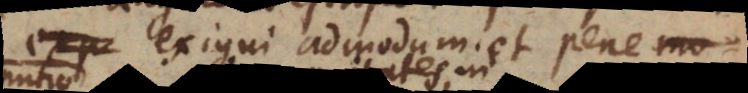
exigui admodum et pene